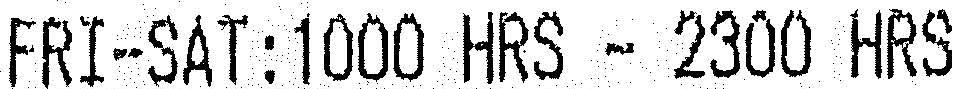
FRI-SAT:1000 HRS - 2300 HRS